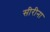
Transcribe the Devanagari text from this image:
सीरीना